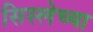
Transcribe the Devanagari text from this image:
सिस्लेच्या